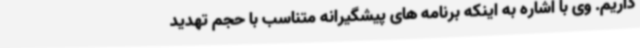
داریم. وی با اشاره به اینکه برنامه های پیشگیرانه متناسب با حجم تهدید